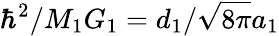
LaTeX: \hbar^{2}/M_{1}G_{1}=d_{1}/\sqrt{8\pi}a_{1}